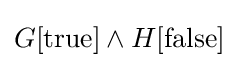
G[{\text{true}}]\land H[{\text{false}}]